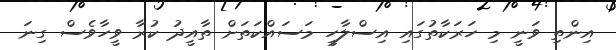
އިންތި ވަނީ މި ހަރަކާތުގައި އިސްލާހީ މަސައްކަތަށް ތާއީދު ކުރާ ވީހާވެސް ގިނަ